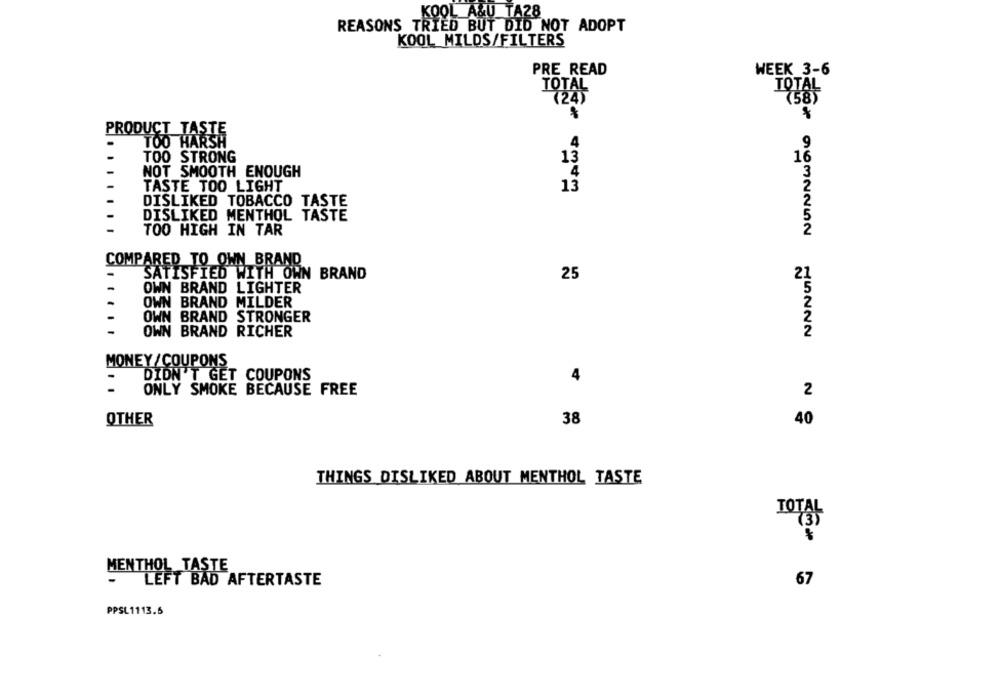
KOOL A&U TA28
REASONS TRIED BUT DID NOT ADOPT
KOOL MILDS/FILTERS
PRE READ
WEEK 3-6
TOTAL
TOTAL
7245
7585
PRODUCT TASTE
TOO HARSH
4
TOO STRONG
13
1
NOT SMOOTH ENOUGH
4
TASTE TOO LIGHT
13
DISLIKED TOBACCO TASTE
DISLIKED MENTHOL TASTE
TOO HIGH IN TAR
9632252
COMPARED TO OWN BRAND
SATISFIED WITH OWN BRAND
25
21
-
OWN BRAND LIGHTER
OWN BRAND MILDER
OWN BRAND
STRONGER
OWN BRAND RICHER
JUNNN
MONEY / COUPONS
DIDN'T GET COUPONS
4
ONLY SMOKE BECAUSE FREE
2
OTHER
38
40
THINGS DISLIKED ABOUT MENTHOL TASTE
TOTAL
(3)
MENTHOL TASTE
- LEFT BAD AFTERTASTE
67
PPSL1113.5